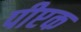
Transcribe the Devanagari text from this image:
पीप्टक